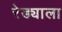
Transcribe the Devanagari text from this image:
रेड्याला